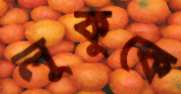
লুকুকে